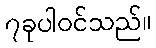
၇ခုပါဝင်သည်။